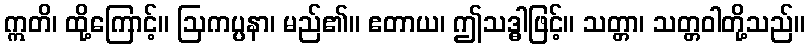
ဣတိ၊ ထို့ကြောင့်။ ဩကပ္ပနာ၊ မည်၏။ ဧတာယ၊ ဤသဒ္ဓါဖြင့်။ သတ္တာ၊ သတ္တဝါတို့သည်။